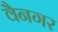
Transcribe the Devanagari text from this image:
वैनगर